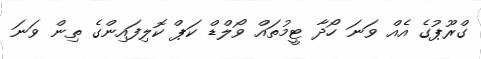
ގްރޫޕުގެ އެއް ވަނަ ހޯދާ ޓީމުތައް ވޯލްޑް ކަޕް ކޮލިފައިންގެ ތިން ވަނަ